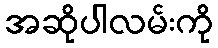
အဆိုပါလမ်းကို